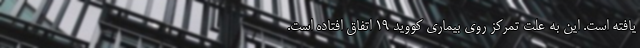
یافته است. این به علت تمرکز روی بیماری کووید ۱۹ اتفاق افتاده است.